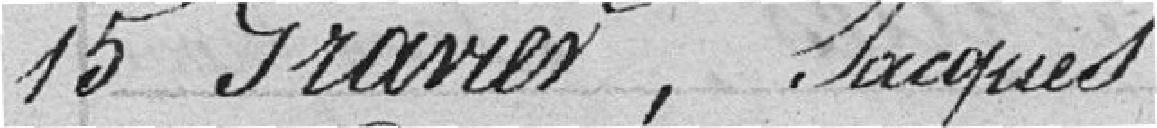
15 Gravier, Jacques